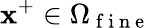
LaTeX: \mathbf{x}^{+}\in\Omega_{\mathrm{~f~i~n~e~}}